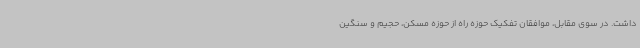
داشت. در سوی مقابل، موافقان تفکیک حوزه راه از حوزه مسکن، حجیم و سنگین